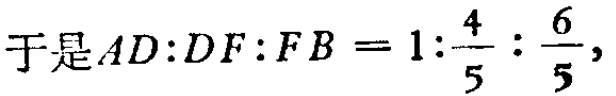
于是\(AD:DF:FB = 1:\frac{4}{5}:\frac{6}{5},\)